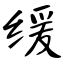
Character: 缓